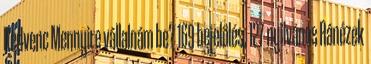
Kedvenc Mennyire vállalnám be? 169 bejelölés, 127 nyilvános Ránézek